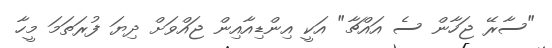
"ސާރޭ ޖަހާން ސެ އައްޗާ" އަކީ އިންޑިއާއިން ޖައްވަށް ދިޔަ ފުރަތަމަ މީހާ